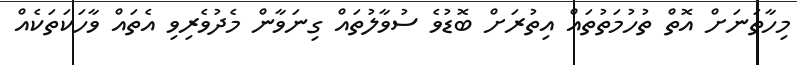
މިހާތަނަށް އޮތް ތުހުމަތުތައް އިތުރަށް ބޮޑުވެ ސުވާލުތައް ގިނަވާން މެދުވެރިވި އެތައް ވާހަކަތަކެއް